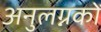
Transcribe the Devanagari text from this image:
अनुलग्नकों